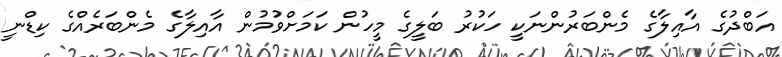
އަބްދުގެ އާއިލާގެ މެންބަރުންނަކީ ހަކުރު ބަލީގެ މީހުން ކަމަށްވުމުން އާއިލާގެ މެންބަރެއްގެ ކިޑްނީ